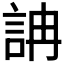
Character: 𧦦